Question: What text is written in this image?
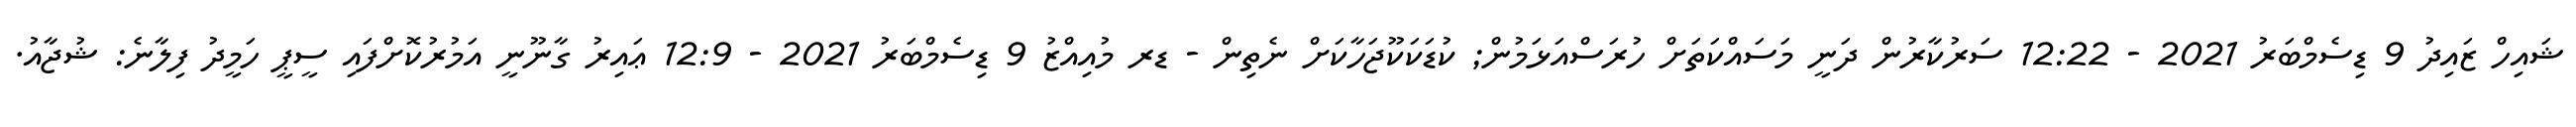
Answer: ޝައިހް ޒައިދު 9 ޑިސެމްބަރު 2021 - 12:22 ސަރުކާރުން ދަނީ މަސައްކަތަށް ހުރަސްއަޅަމުން; ކުޑަކަކޫޖަހާކަށް ނެތިން - ޑރ މުއިއްޒު 9 ޑިސެމްބަރު 2021 - 12:9 ޢައިރު ގާނޫނީ އަމުރުކޮށްފައި ސީޕީ ހަމީދު ފިލާނެ: ޝުޖާއު.